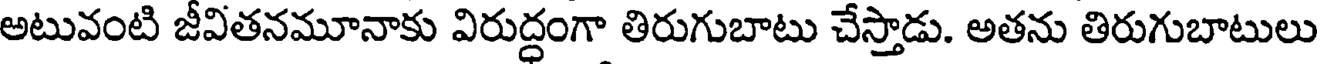
అటువంటి జీవితనమూనాకు విరుద్ధంగా తిరుగుబాటు చేస్తాడు. అతను తిరుగుబాటులు